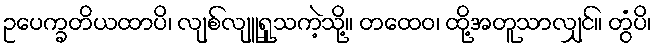
ဥပေက္ခတိယထာပိ၊ လျစ်လျူရှုသကဲ့သို့။ တထေဝ၊ ထို့အတူသာလျှင်။ တွံပိ၊